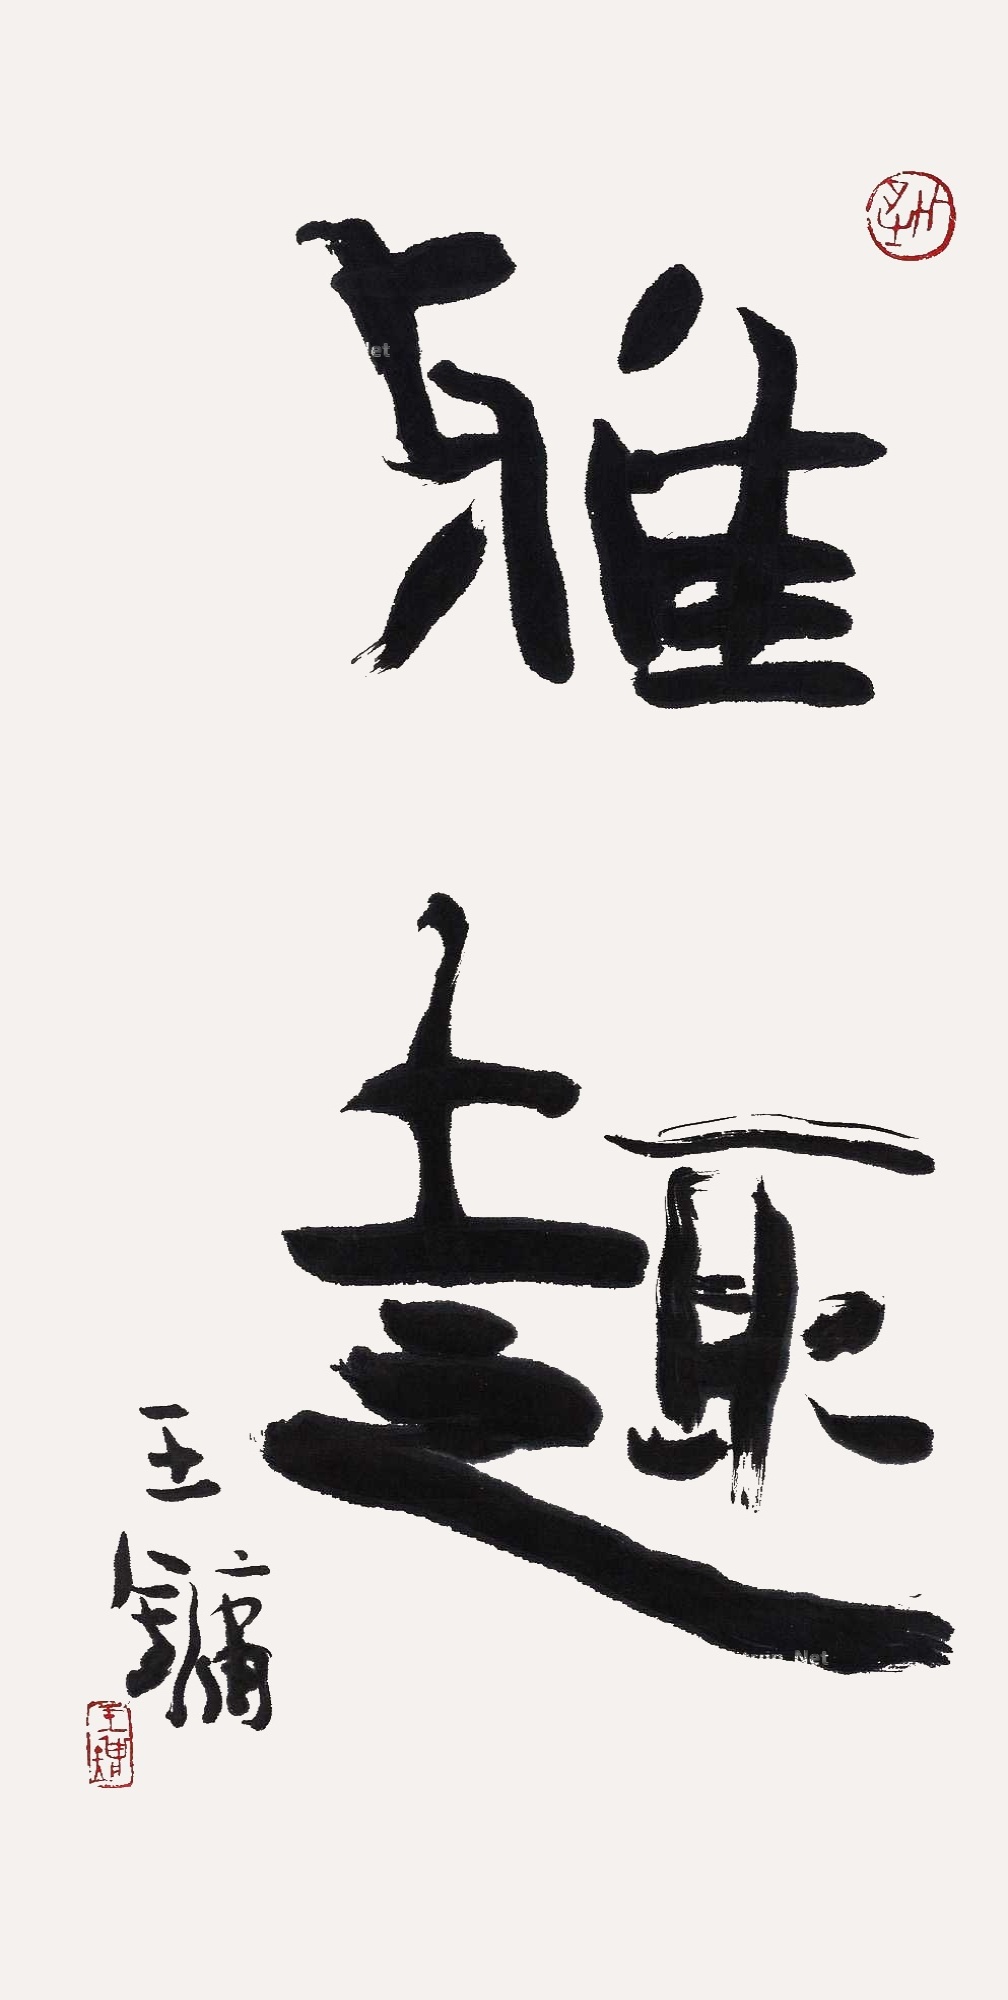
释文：雅趣。王镛。